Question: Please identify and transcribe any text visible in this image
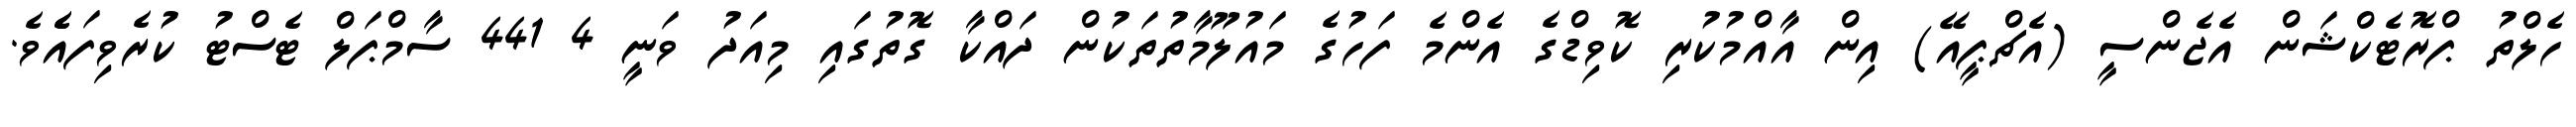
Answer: ހެލްތު ޕްރޮޓެކްޝަން އެޖެންސީ (އެޗްޕީއޭ) އިން އާއްމުކުރި ކޮވިޑްގެ އެންމެ ފަހުގެ މައުލޫމާތުތަކުން ދައްކާ ގޮތުގައި މިއަދު ވަނީ 4 441 ސާމްޕަލް ޓެސްޓު ކުރެވިފައެެވެ.